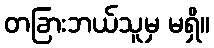
တခြားဘယ်သူမှ မရှိ။